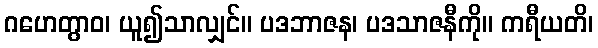
ဂဟေတွာဝ၊ ယူ၍သာလျှင်။ ပဒဘာဇန၊ ပဒသာဇနီကို။ ကရီယတိ၊